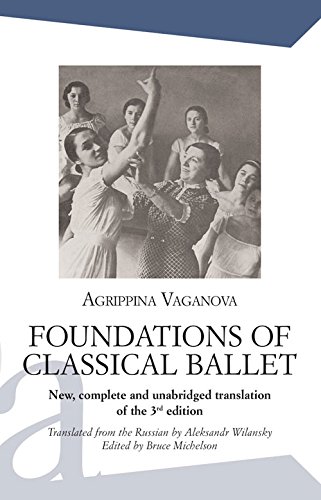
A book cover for Foundations of Classical Ballet: New, complete and unabridged translation of the 3rd edition (Performing Arts); Agrippina Vaganova; Humor & Entertainment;